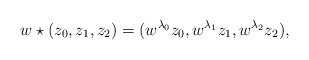
\begin{align*}w\star(z_0,z_1,z_2) = (w^{\lambda_0} z_0, w^{\lambda_1} z_1, w^{\lambda_2} z_2),\end{align*}